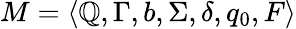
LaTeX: M=\langle\mathbb{Q},\Gamma,b,\Sigma,\delta,q_{0},F\rangle